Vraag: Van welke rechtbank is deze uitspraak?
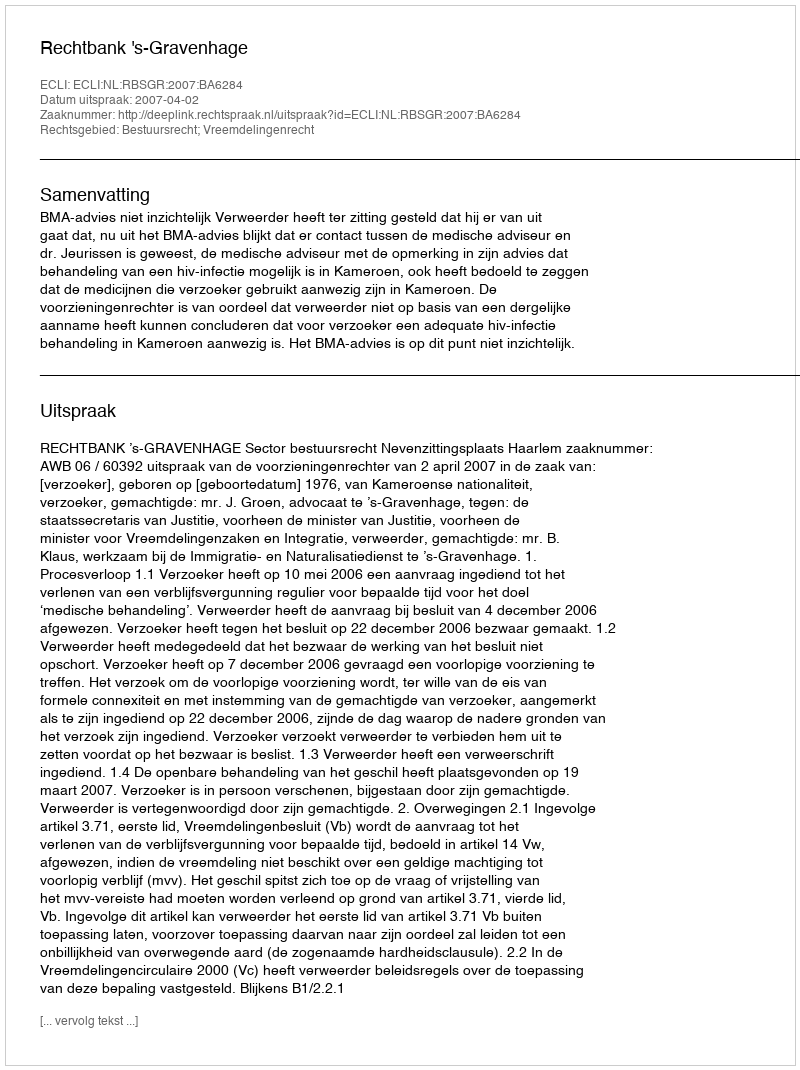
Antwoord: Rechtbank 's-Gravenhage